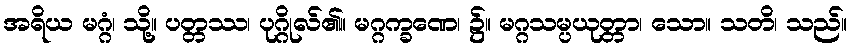
အရိယ မဂ္ဂံ၊ သို့။ ပတ္တဿ၊ ပုဂ္ဂိုလ်၏။ မဂ္ဂက္ခဏေ၊ ၌။ မဂ္ဂသမ္ပယုတ္တာ၊ သော။ သတိ၊ သည်။